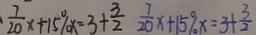
\frac { 7 } { 2 0 } x + 1 5 \% x = 3 + \frac { 3 } { 2 } \frac { 7 } { 2 0 } x + 1 5 \% x = 3 + \frac { 3 } { 2 }